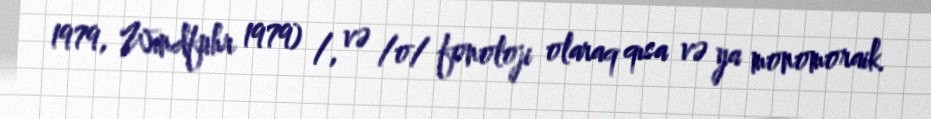
1979, Windfuhr 1979) /, və /o/ fonoloji olaraq qısa və ya monomoraik.